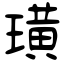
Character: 璜